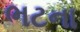
ભટના